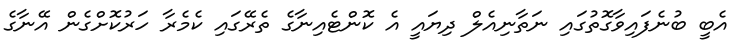
އެބީ ބުނެފައިވާގޮތުގައި ނަތާނިއެލް ދިޔައީ އެ ކޮންޓެއިނާގެ ތެރޭގައި ކެމެރާ ހަރުކޮށްގެން އޭނާގެ